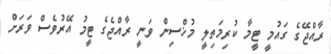
ރާއްޖޭގެ ގައުމީ ޓީމާ ކުރިމަތިލީ މުޚްސިން ވަނީ ރާއްޖެގެ ޓީމު އޭރުވެސް ވަރަށް